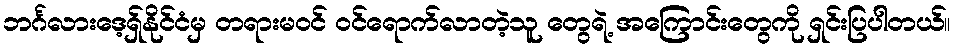
ဘင်္ဂလားဒေ့ရှ်နိုင်ငံမှ တရားမဝင် ဝင်ရောက်လာတဲ့သူ တွေရဲ့ အကြောင်းတွေကို ရှင်းပြပါတယ်။